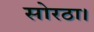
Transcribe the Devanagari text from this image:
सोरठा।